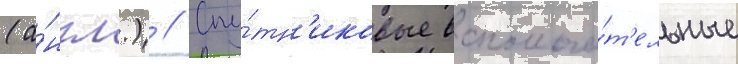
(а́нгл.) // Спу́тн'иковые вспомога́т'ельные